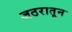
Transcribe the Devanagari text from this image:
जठरातून